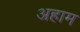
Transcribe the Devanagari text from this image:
अहाम